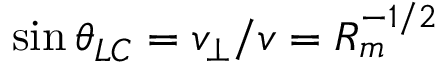
\sin \theta _ { L C } = v _ { \perp } / v = R _ { m } ^ { - 1 / 2 }